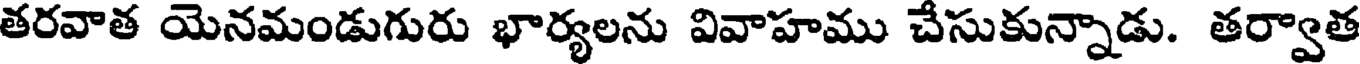
తరవాత యెనమండుగురు భార్యలను వివాహము చేసుకున్నాడు. తర్వాత